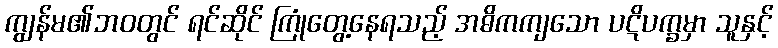
ကျွန်မ၏ဘဝတွင် ရင်ဆိုင် ကြုံတွေ့နေရသည့် အဓိကကျသော ပဋိပက္ခမှာ သူနှင့်